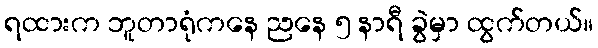
ရထားက ဘူတာရုံကနေ ညနေ ၅ နာရီ ခွဲမှာ ထွက်တယ်။